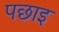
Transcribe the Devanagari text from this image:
पछाइ